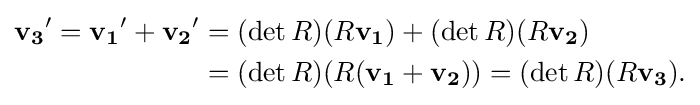
{\begin{aligned}\mathbf {v_{3}} '=\mathbf {v_{1}} '+\mathbf {v_{2}} '&=(\det R)(R\mathbf {v_{1}} )+(\det R)(R\mathbf {v_{2}} )\\&=(\det R)(R(\mathbf {v_{1}} +\mathbf {v_{2}} ))=(\det R)(R\mathbf {v_{3}} ).\end{aligned}}